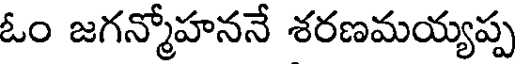
ఓం జగన్మోహననే శరణమయ్యప్ప